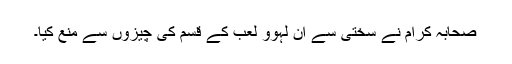
صحابہ کرام نے سختی سے ان لہوو لعب کے قسم کی چیزوں سے منع کیا۔